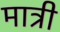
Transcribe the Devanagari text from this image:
मात्री